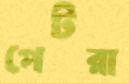
পেটরা